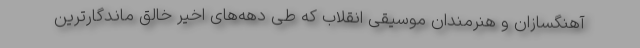
آهنگسازان و هنرمندان موسیقی انقلاب که طی دهه‌های اخیر خالق ماندگارترین